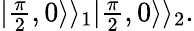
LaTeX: \begin{array}{r}{|\frac{\pi}{2},0\rangle\rangle_{1}|\frac{\pi}{2},0\rangle\rangle_{2}.}\end{array}